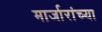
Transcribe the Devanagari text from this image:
मार्जारांच्या